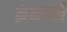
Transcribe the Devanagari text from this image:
क्रेनबरी